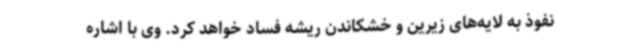
نفوذ به لایه‌های زیرین و خشکاندن ریشه فساد خواهد کرد. وی با اشاره